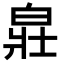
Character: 𤽸